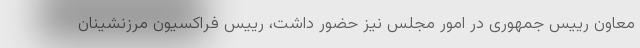
معاون رییس جمهوری در امور مجلس نیز حضور داشت، رییس فراکسیون مرزنشینان